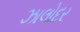
ઝાલોદર